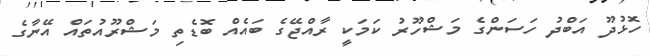
ހޮޅުދޫ އަބްދު ހަސަންގެ މަޝްހޫރު ކަމަކީ ރާއްޖޭގެ ބައެއް ބޮޑެތި މަޝްރޫއުތައް އޭނާގެ